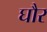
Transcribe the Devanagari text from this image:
घौर